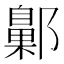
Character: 𨞶